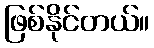
ဖြစ်နိုင်တယ်။